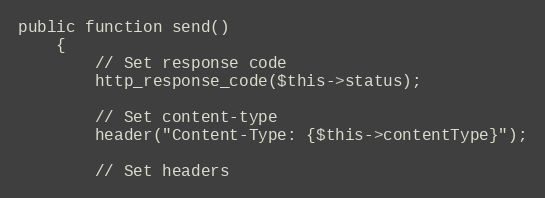
Language: PHP
public function send()
    {
        // Set response code
        http_response_code($this->status);

        // Set content-type
        header("Content-Type: {$this->contentType}");

        // Set headers